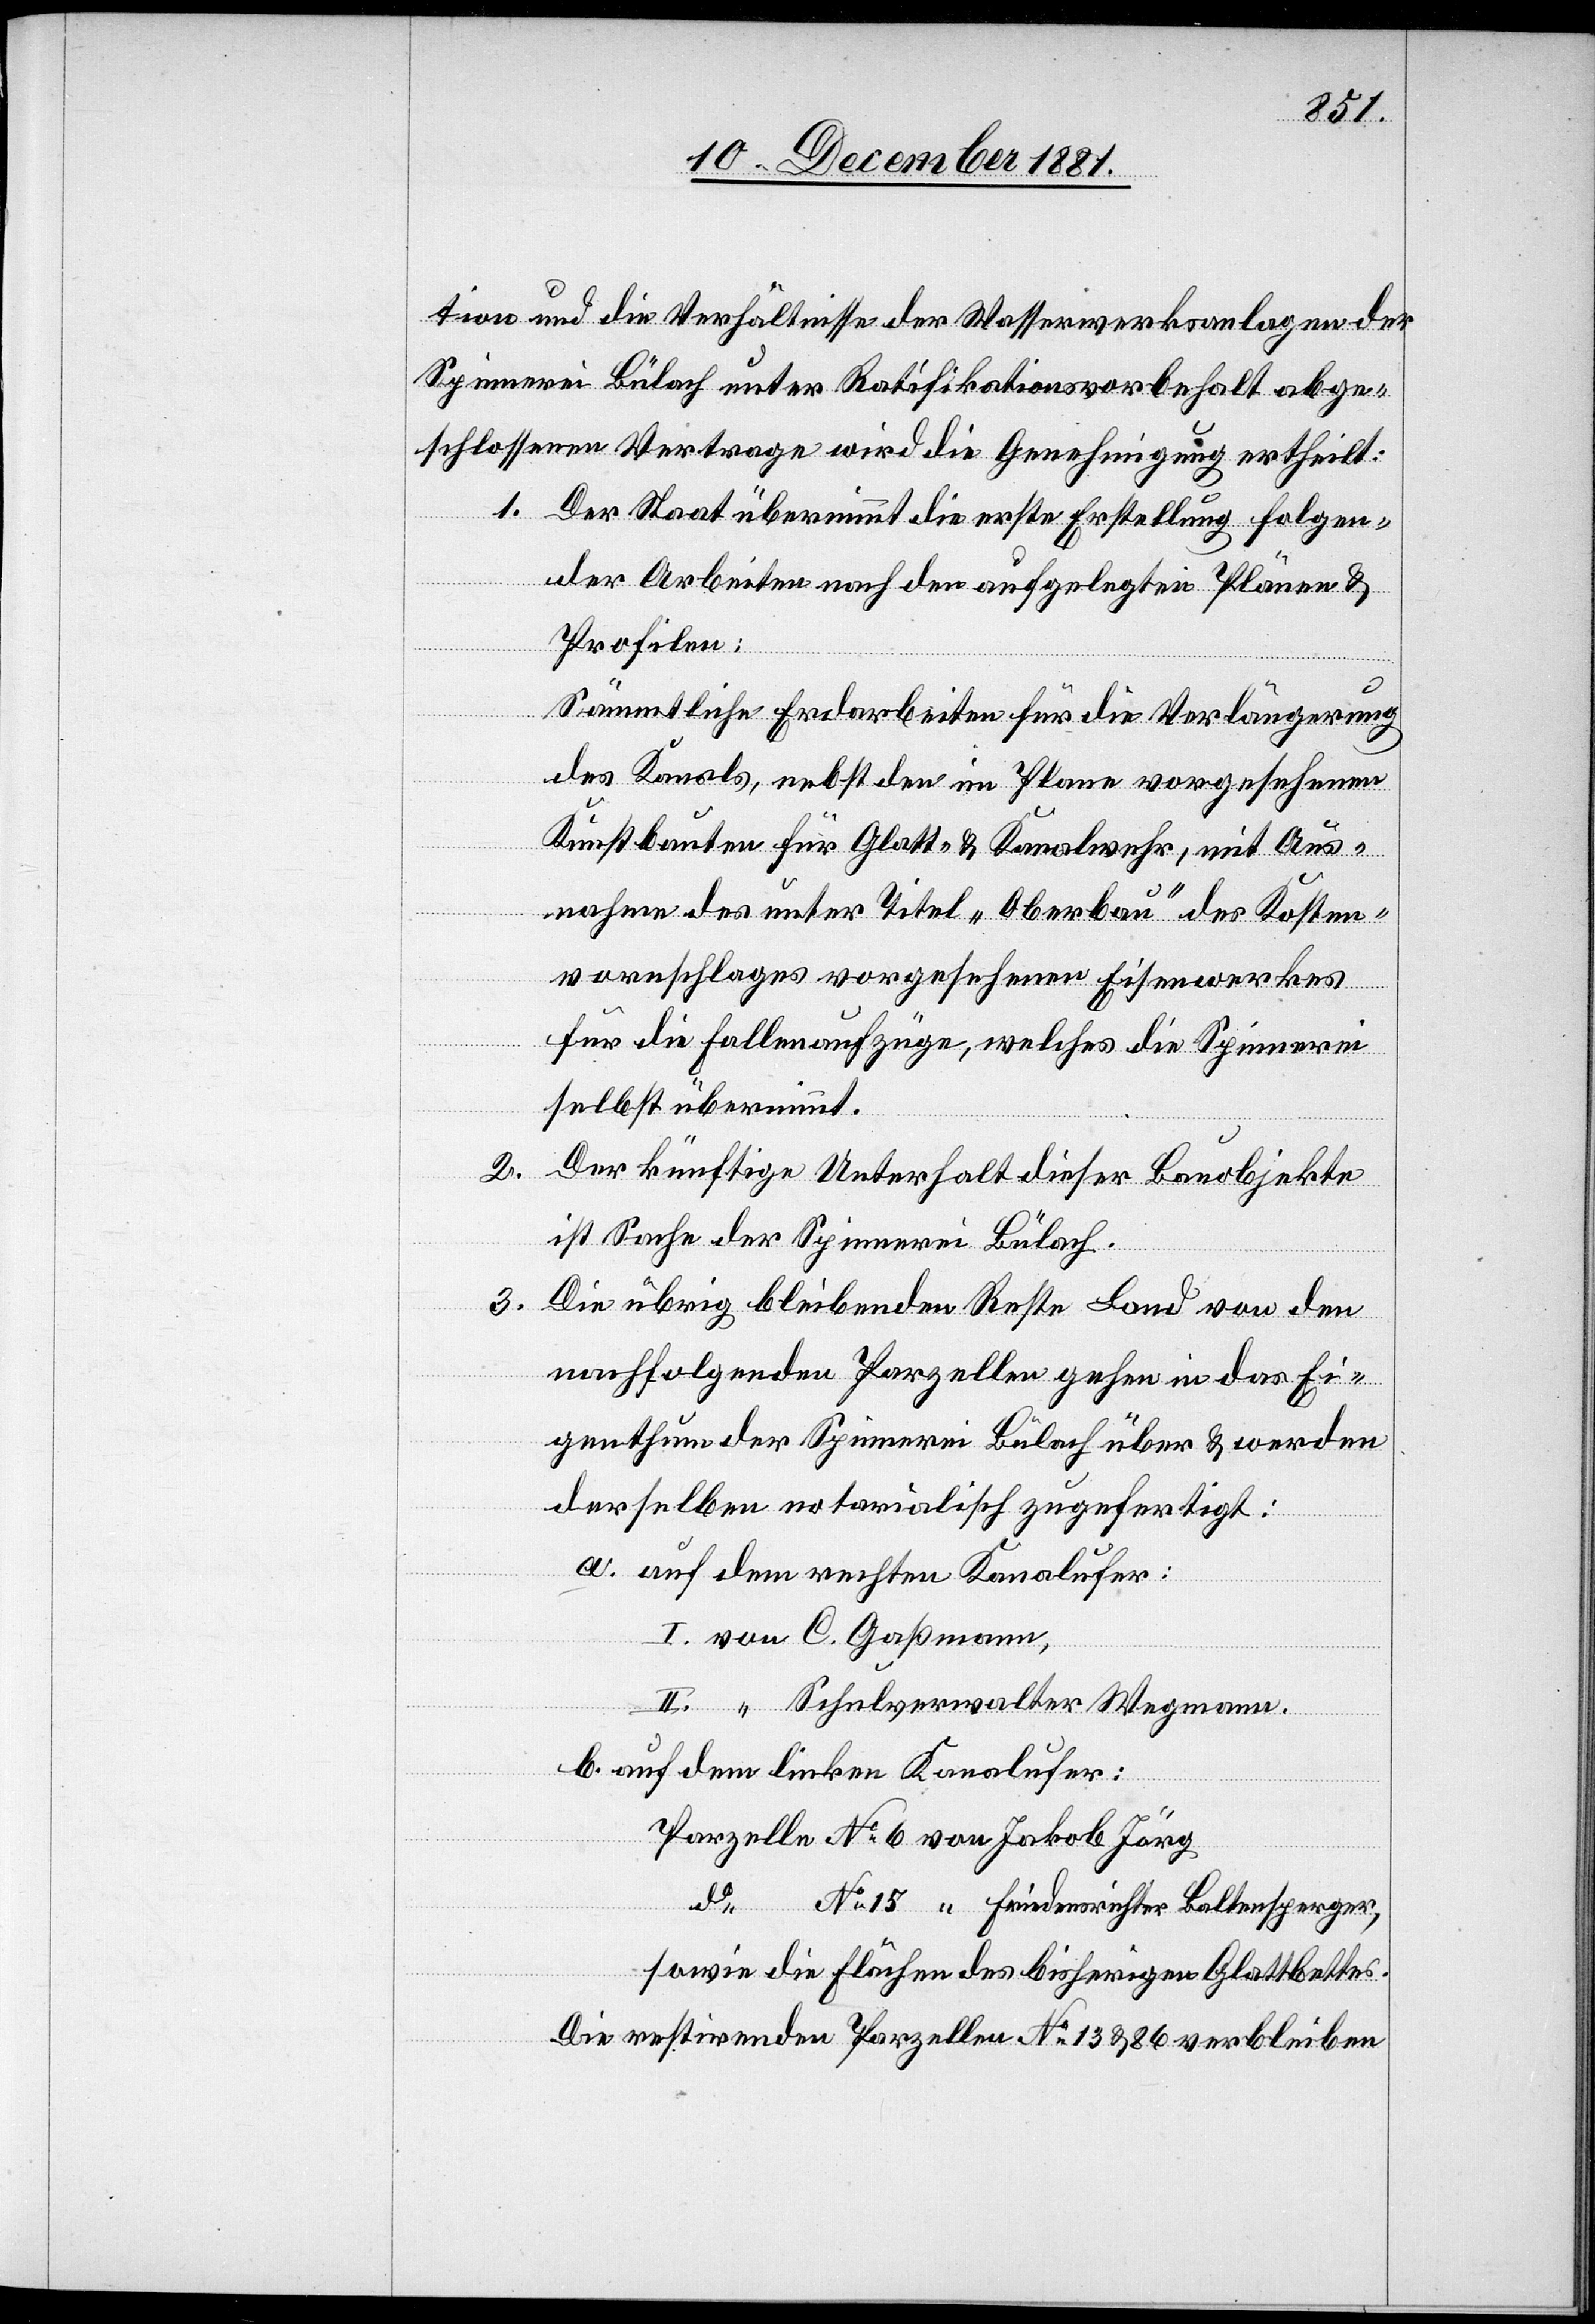
tion und die Verhältnisse der Wasserwerksanlagen der
Spinnerei Bülach unter Ratifikationsvorbehalt abge¬
schlossenen Vertrage wird die Genehmigung ertheilt:
1. Der Staat übernimmt die erste Erstellung folgen¬
der Arbeiten nach den aufgelegten Plänen &
Profilen:
Sämmtliche Erdarbeiten für die Verlängerung
des Kanals, nebst den im Plane vorgesehenen
Kunstbauten für Glatt- & Kanalwehr, mit Aus¬
nahme des unter Titel „Oberbau“ des Kosten¬
voranschlages vorgesehenen Eisenwerkes
für die Fallenaufzüge, welches die Spinnerei
selbst übernimmt.
2.
Der künftige Unterhalt dieser Bauobjekte
ist Sache der Spinnerei Bülach.
3. Die übrig bleibenden Reste Land von den
nachfolgenden Parzellen gehen in das Ei¬
genthum der Spinnerei Bülach über & werden
derselben notarialisch zugefertigt:
a. auf dem rechten Kanalufer:
I. von C. Gaßmann,
II. “ Schulverwalter Wegmann.
b. auf dem linken Kanalufer:
Parzelle No 6 von Jakob Jörg
do
No 15 “ Friedensrichter Baltensperger,
sowie die Flächen des bisherigen Glattbettes.
Die restirenden Parzellen No 13 & 86 verbleiben